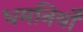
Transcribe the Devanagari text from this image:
धमनियोँ